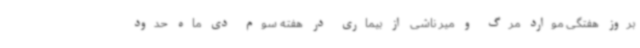
بروز هفتگی موارد مرگ و میر ناشی از بیماری در هفته سوم دی ماه حدود